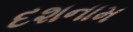
દશનામ